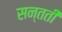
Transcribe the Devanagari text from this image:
सन्तती